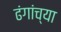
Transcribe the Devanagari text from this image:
ढंगांच्या